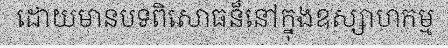
ដោយមានបទពិសោធន៏នៅក្នុងឧស្សាហកម្ម